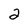
Character: 2